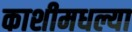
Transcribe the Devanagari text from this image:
काशीमधल्या